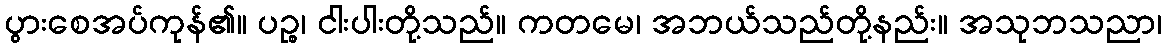
ပွားစေအပ်ကုန်၏။ ပဉ္စ၊ ငါးပါးတို့သည်။ ကတမေ၊ အဘယ်သည်တို့နည်း။ အသုဘသညာ၊